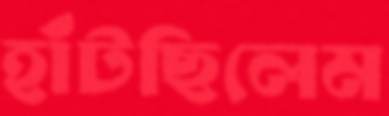
হাঁটছিলেম